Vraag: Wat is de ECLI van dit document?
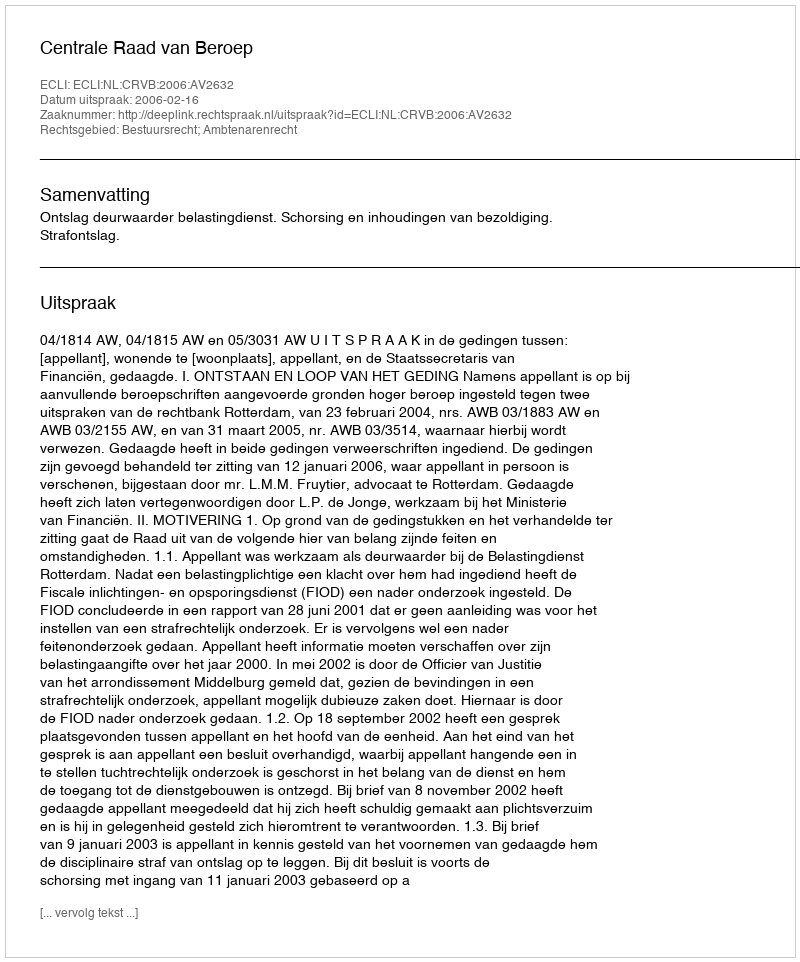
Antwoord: ECLI:NL:CRVB:2006:AV2632